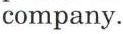
company.